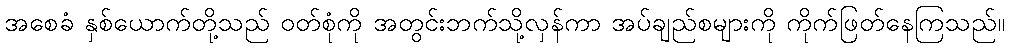
အစေခံ နှစ်ယောက်တို့သည် ဝတ်စုံကို အတွင်းဘက်သို့လှန်ကာ အပ်ချည်စများကို ကိုက်ဖြတ်နေကြသည်။